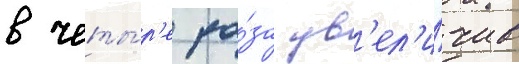
в четы́р'е ра́за ув'ел'и́чив